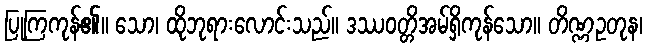
ပြုကြကုန်၏။ သော၊ ထိုဘုရားလောင်းသည်။ ဒဿဝတ္တိအမ်ရှိကုန်သော။ တိဏ္ဏဥတုန၊